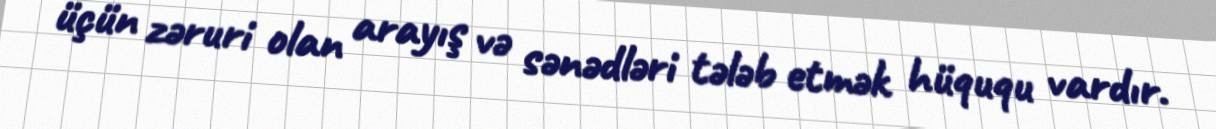
üçün zəruri olan arayış və sənədləri tələb etmək hüququ vardır.